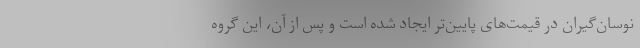
نوسان‌گیران در قیمت‌های پایین‌تر ایجاد شده است و پس از آن، این گروه